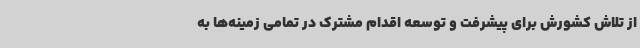
از تلاش کشورش برای پیشرفت و توسعه اقدام مشترک در تمامی زمینه‌ها به